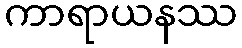
ကာရာယနဿ